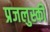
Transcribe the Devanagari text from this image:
प्रजलुस्की